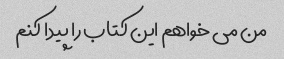
من می خواهم این کتاب را پیدا کنم